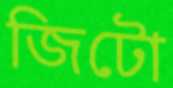
জিটো